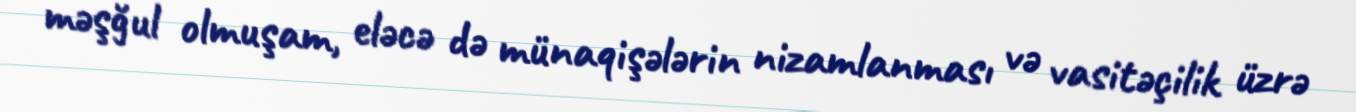
məşğul olmuşam, eləcə də münaqişələrin nizamlanması və vasitəçilik üzrə